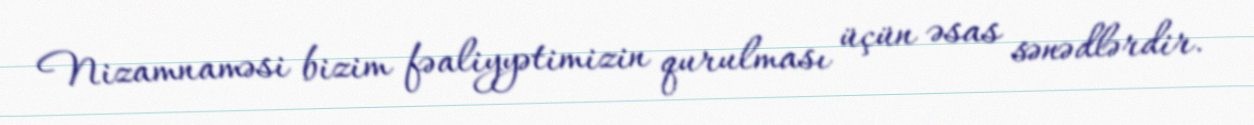
Nizamnaməsi bizim fəaliyyətimizin qurulması üçün əsas sənədlərdir.